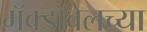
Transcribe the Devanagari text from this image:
मॅक्डॉवेलच्या